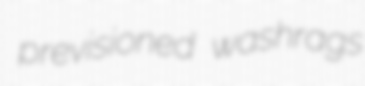
previsioned washrags